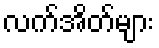
လက်အိတ်များ